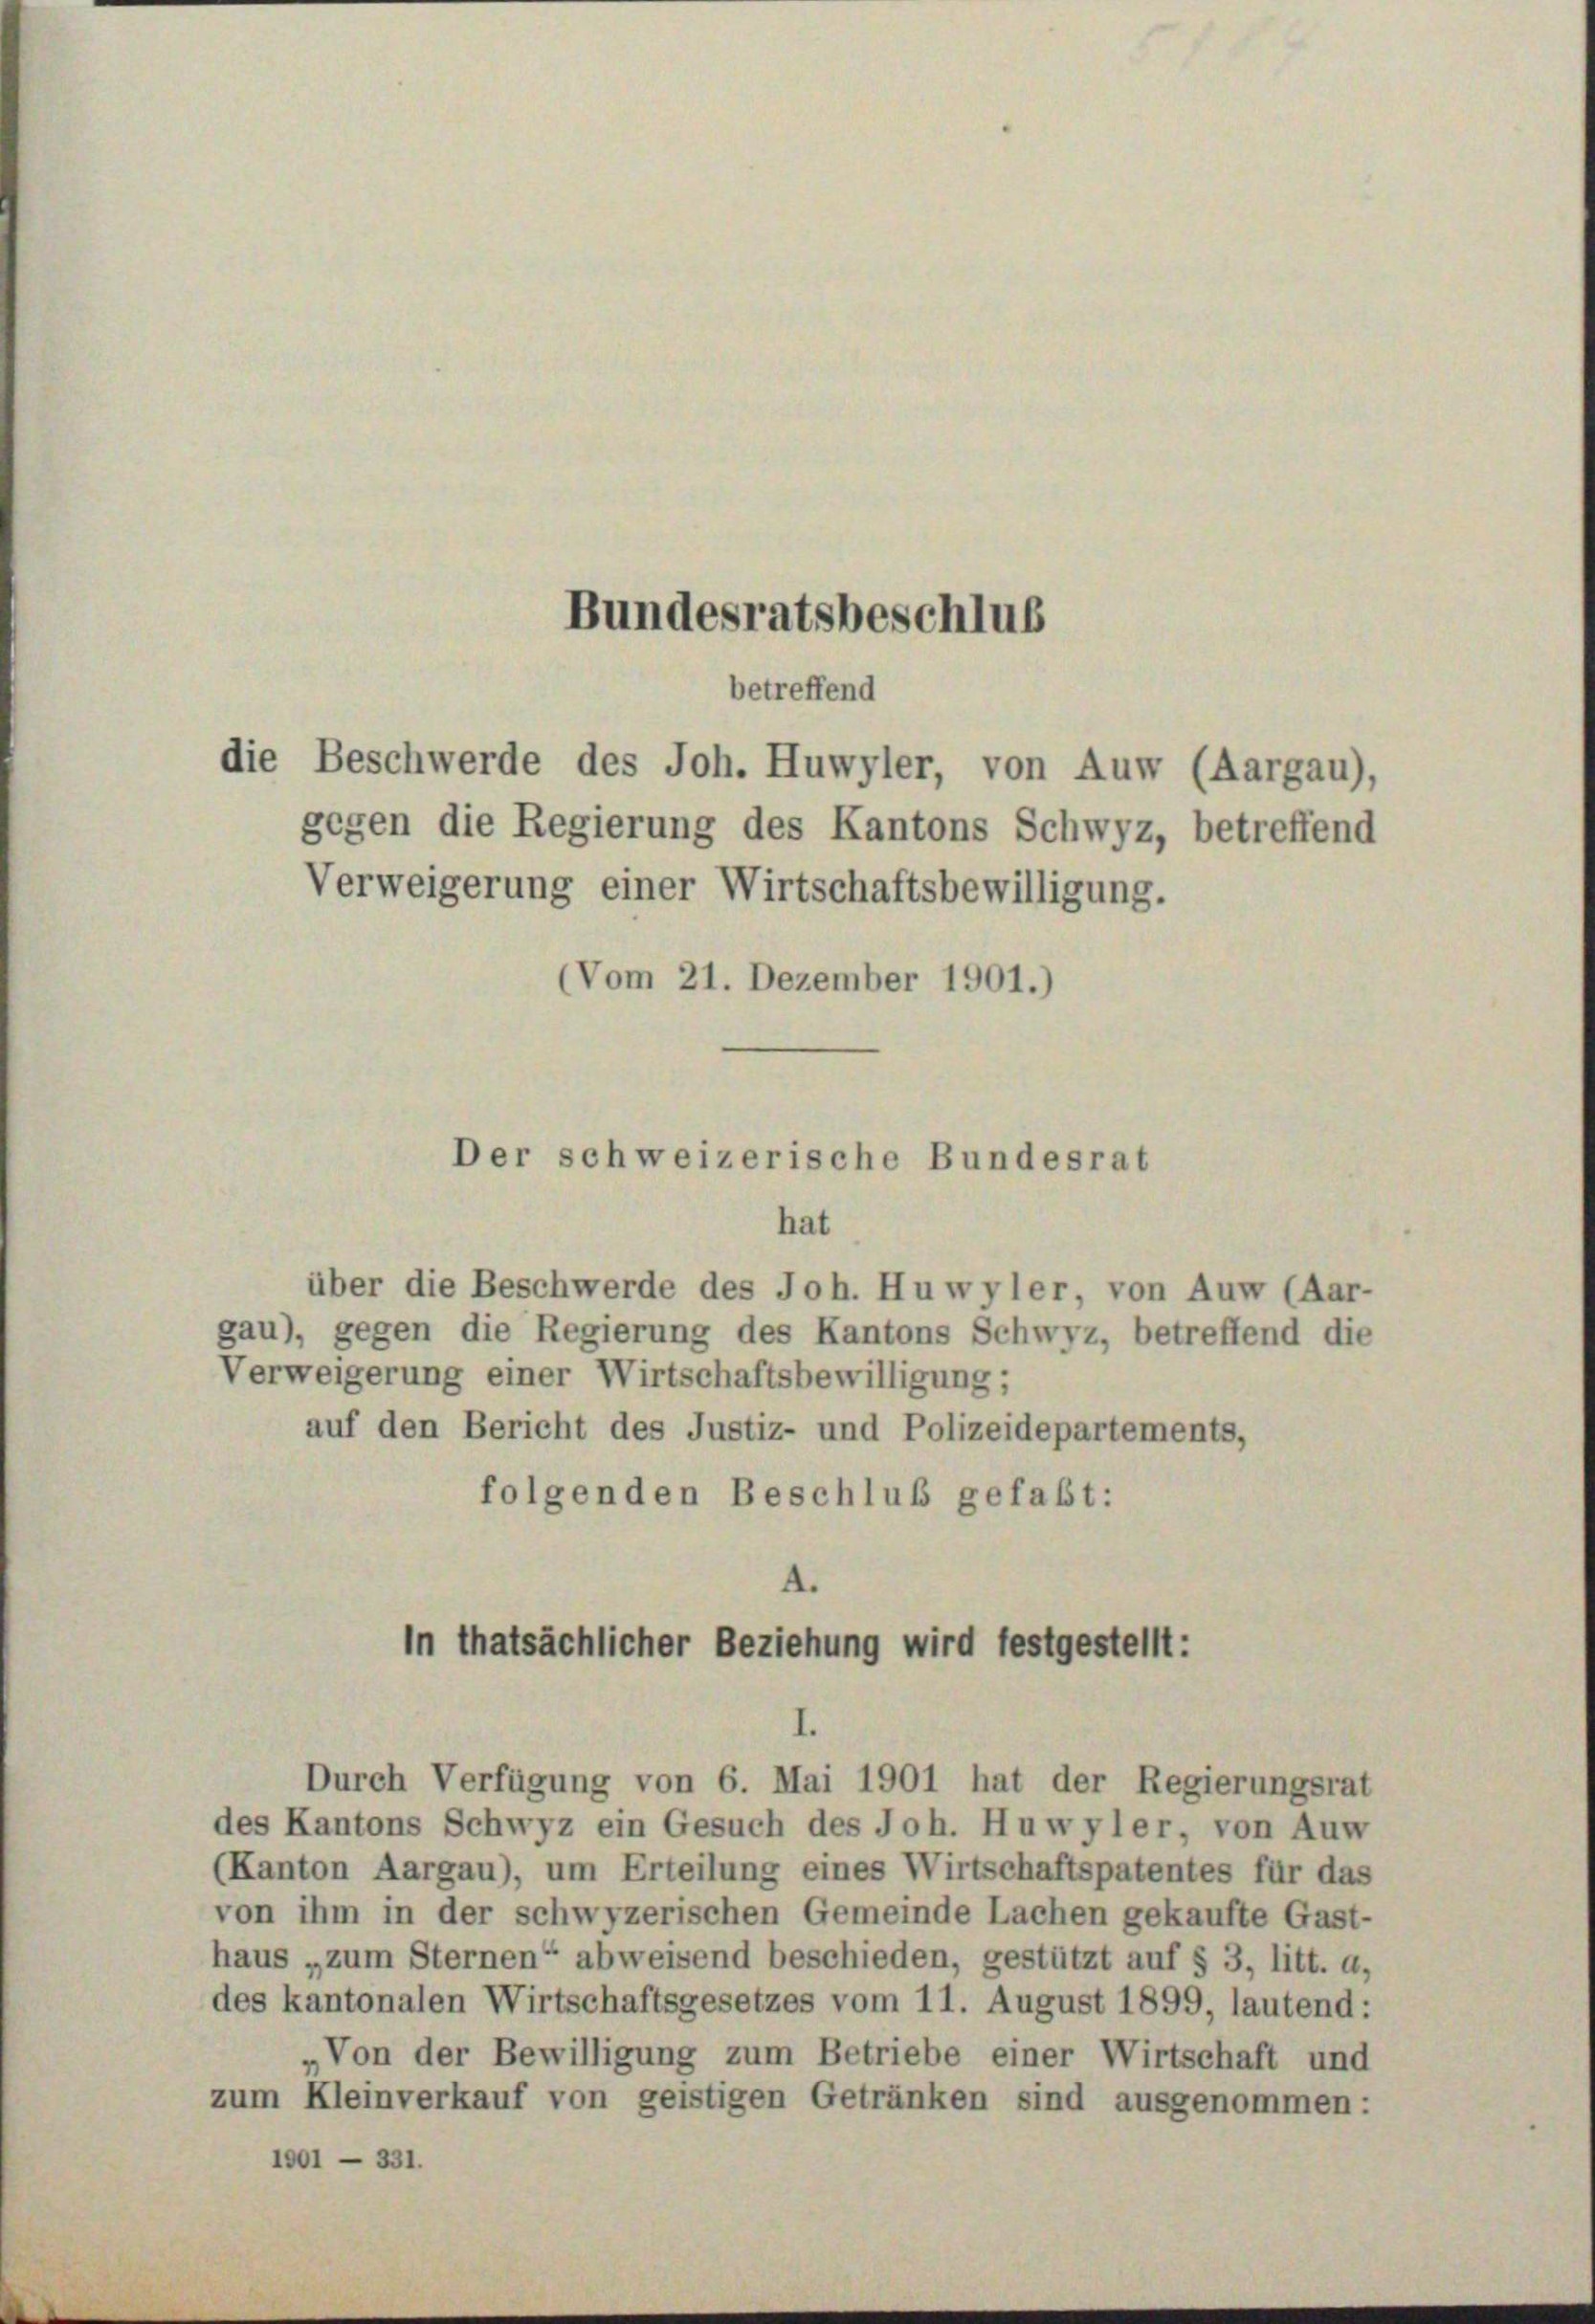
Bundesratsbeschlus
betreffend
die Beschwerde des Joh. Huwyler, von Auw (Aargau),
gegen die Regierung des Kantons Schwyz, betreffend

Verweigerung einer Wirtschaftsbewilligung.
(Vom 21. Dezember 1901.)

über die Beschwerde des Joh. Huwyler, von Auw (Aar-
gau), gegen die Regierung des Kantons Schwyz, betreffend die
Verweigerung einer Wirtschaftsbewilligung;
auf den Bericht des Justiz- und Polizeidepartements,
folgenden Beschluß gefaßt:
A.

Der schweizerische Bundesrat
hat

In thatsächlicher Beziehung wird festgestellt:
I.
Durch Verfügung von 6. Mai 1901 hat der Regierungsrat

des Kantons Schwyz ein Gesuch des Joh. Huwyler, von Auw
(Kanton Aargau), um Erteilung eines Wirtschaftspatentes für das
von ihm in der schwyzerischen Gemeinde Lachen gekaufte Gast-
haus „zum Sternen“ abweisend beschieden, gestützt auf § 3, litt. a,
des kantonalen Wirtschaftsgesetzes vom 11. August 1899, lautend:
„Von der Bewilligung zum Betriebe einer Wirtschaft und
zum Kleinverkauf von geistigen Getränken sind ausgenommen:
1901 — 331.